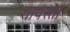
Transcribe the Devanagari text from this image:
शायस्ता